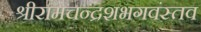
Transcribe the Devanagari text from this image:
श्रीरामचन्द्रशभगवंस्तव